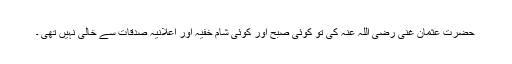
حضرت عثمان غنی رضی اللہ عنہ کی تو کوئی صبح اور کوئی شام خفیہ اور اعلانیہ صدقات سے خالی نہیں تھی ۔